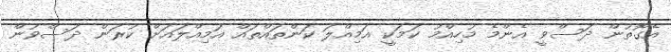
އެގޮތުން ދަސްވީ އެންމެ މުހިއްމު ކަމަކީ އަމިއްލަ ކަންތައްތައް އަމިއްލައަށް ކުރަން ދަސްވުން